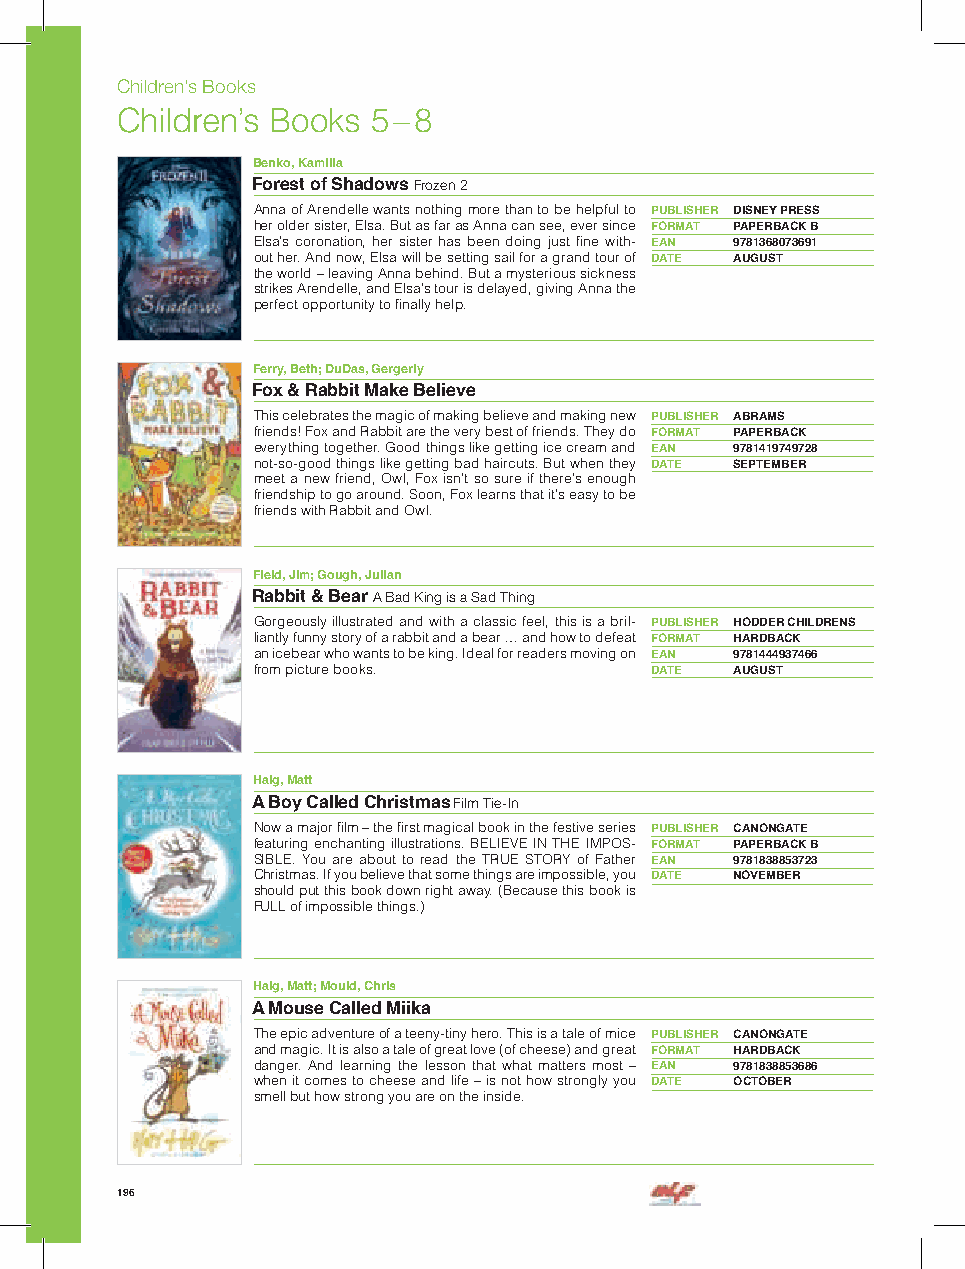
Children’s Books
 Children’s Books 5 – 8
 Benko, Kamilla
 Forest of Shadows Frozen 2
 Anna of Arendelle wants nothing more than to be helpful to PUBLISHER DISNEY PRESS
 her older sister, Elsa. But as far as Anna can see, ever since FORMAT PAPERBACK B
 Elsa’s coronation, her sister has been doing just fine with- EAN 9781368073691
 out her. And now, Elsa will be setting sail for a grand tour of DATE AUGUST
 the world – leaving Anna behind. But a mysterious sickness
 strikes Arendelle, and Elsa’s tour is delayed, giving Anna the
 perfect opportunity to finally help.
 Ferry, Beth; DuDas, Gergerly
 Fox & Rabbit Make Believe
 This celebrates the magic of making believe and making new PUBLISHER ABRAMS
 friends! Fox and Rabbit are the very best of friends. They do FORMAT PAPERBACK
 everything together. Good things like getting ice cream and EAN 9781419749728
 not-so-good things like getting bad haircuts. But when they DATE SEPTEMBER
 meet a new friend, Owl, Fox isn’t so sure if there’s enough
 friendship to go around. Soon, Fox learns that it’s easy to be
 friends with Rabbit and Owl.
 Field, Jim; Gough, Julian
 Rabbit & Bear A Bad King is a Sad Thing
 Gorgeously illustrated and with a classic feel, this is a bril- PUBLISHER HODDER CHILDRENS
 liantly funny story of a rabbit and a bear … and how to defeat FORMAT HARDBACK
 an icebear who wants to be king. Ideal for readers moving on EAN 9781444937466
 from picture books.       DATE  AUGUST
 Haig, Matt
 A Boy Called Christmas Film Tie-In
 Now a major film – the first magical book in the festive series PUBLISHER CANONGATE
 featuring enchanting illustrations. BELIEVE IN THE IMPOS- FORMAT PAPERBACK B
 SIBLE. You are about to read the TRUE STORY of Father EAN 9781838853723
 Christmas. If you believe that some things are impossible, you DATE NOVEMBER
 should put this book down right away. (Because this book is
 FULL of impossible things.)
 Haig, Matt; Mould, Chris
 A Mouse Called Miika
 The epic adventure of a teeny-tiny hero. This is a tale of mice PUBLISHER CANONGATE
 and magic. It is also a tale of great love (of cheese) and great FORMAT HARDBACK
 danger. And learning the lesson that what matters most – EAN 9781838853686
 when it comes to cheese and life – is not how strongly you DATE OCTOBER
 smell but how strong you are on the inside.
 196